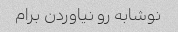
نوشابه رو نیاوردن برام